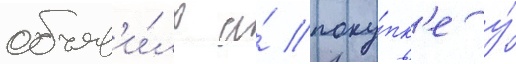
объяв'и́ло о́ поку́пк'е у́